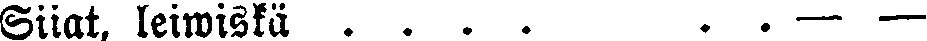
Siiat, leiwiskä . . . .  . . — —